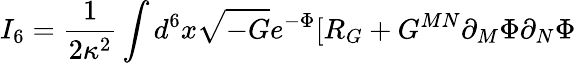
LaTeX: I_{6}=\frac{1}{2\kappa^{2}}\int d^{6}x\sqrt{-G}e^{-\Phi}[R_{G}+G^{MN}\partial_{M}\Phi\partial_{N}\Phi